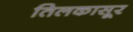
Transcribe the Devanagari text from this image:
तिलकासूर